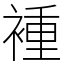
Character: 褈